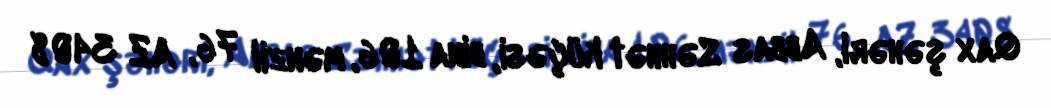
Qax şəhəri, Abbas Səhhət küçəsi, bina 106, mənzil 76, AZ 3408